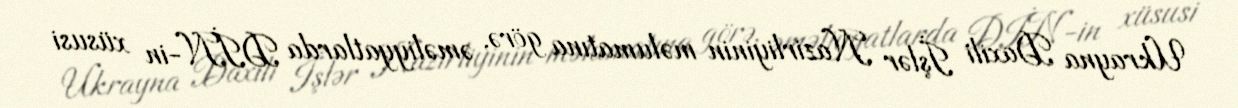
Ukrayna Daxili İşlər Nazirliyinin məlumatına görə, əməliyyatlarda DİN-in xüsusi